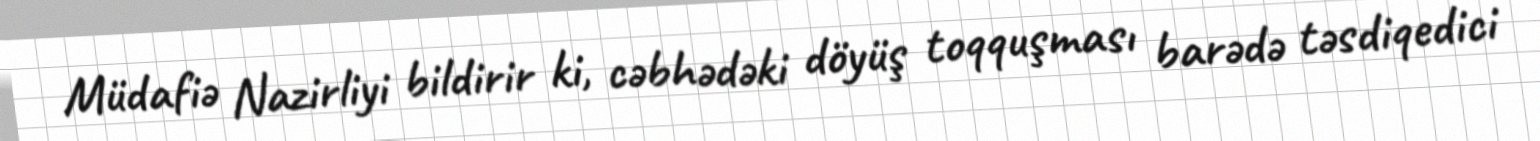
Müdafiə Nazirliyi bildirir ki, cəbhədəki döyüş toqquşması barədə təsdiqedici